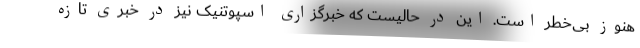
هنوز بی‌خطر است. این در حالیست که خبرگزاری اسپوتنیک نیز در خبری تازه